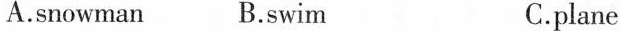
A.snowman B.swim C.plane